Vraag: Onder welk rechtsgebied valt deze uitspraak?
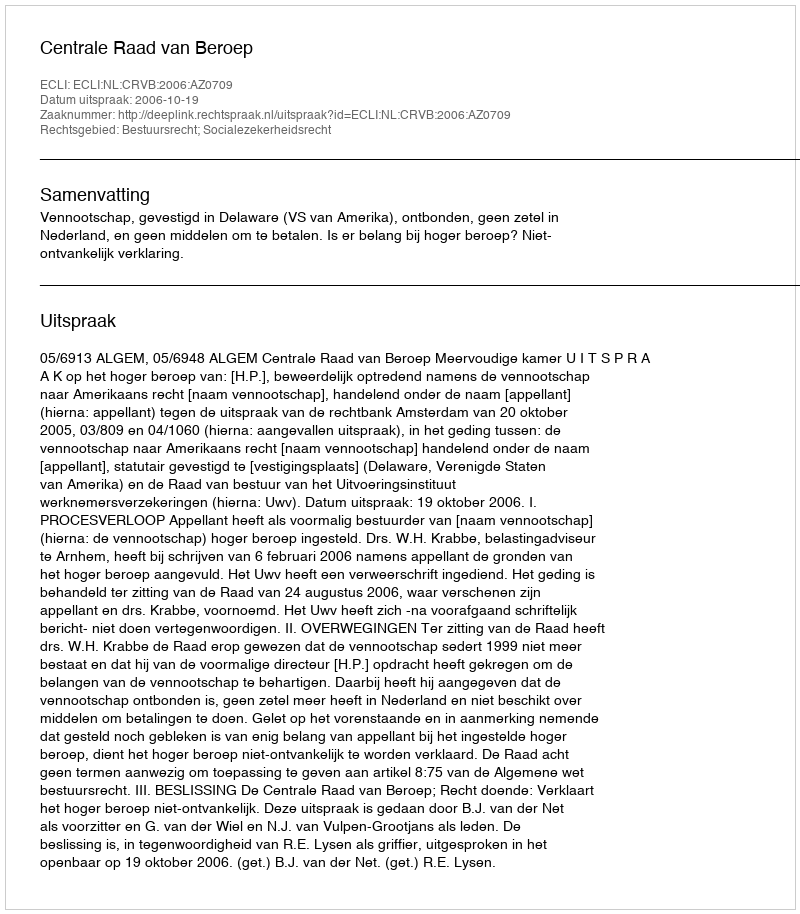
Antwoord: Bestuursrecht; Socialezekerheidsrecht